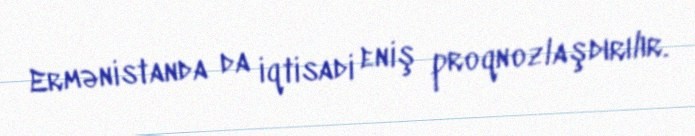
Ermənistanda da iqtisadi eniş proqnozlaşdırılır.